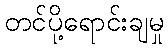
တင်ပို့ရောင်းချမှု